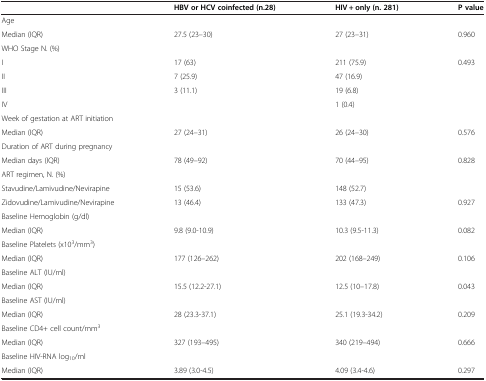
<table><thead><tr><td><b> </b></td><td><b>HBV or HCV coinfected (n.28)</b></td><td><b>HIV + only (n. 281)</b></td><td><b>P value</b></td></tr></thead><tbody><tr><td>Age</td><td> </td><td> </td><td> </td></tr><tr><td>Median (IQR)</td><td>27.5 (23–30)</td><td>27 (23–31)</td><td>0.960</td></tr><tr><td>WHO Stage N. (%)</td><td> </td><td> </td><td> </td></tr><tr><td>I</td><td>17 (63)</td><td>211 (75.9)</td><td>0.493</td></tr><tr><td>II</td><td>7 (25.9)</td><td>47 (16.9)</td><td> </td></tr><tr><td>III</td><td>3 (11.1)</td><td>19 (6.8)</td><td> </td></tr><tr><td>IV</td><td> </td><td>1 (0.4)</td><td> </td></tr><tr><td>Week of gestation at ART initiation</td><td> </td><td> </td><td> </td></tr><tr><td>Median (IQR)</td><td>27 (24–31)</td><td>26 (24–30)</td><td>0.576</td></tr><tr><td>Duration of ART during pregnancy</td><td> </td><td> </td><td> </td></tr><tr><td>Median days (IQR)</td><td>78 (49–92)</td><td>70 (44–95)</td><td>0.828</td></tr><tr><td>ART regimen, N. (%)</td><td> </td><td> </td><td> </td></tr><tr><td>Stavudine/Lamivudine/Nevirapine</td><td>15 (53.6)</td><td>148 (52.7)</td><td> </td></tr><tr><td>Zidovudine/Lamivudine/Nevirapine</td><td>13 (46.4)</td><td>133 (47.3)</td><td>0.927</td></tr><tr><td>Baseline Hemoglobin (g/dl)</td><td> </td><td> </td><td> </td></tr><tr><td>Median (IQR)</td><td>9.8 (9.0-10.9)</td><td>10.3 (9.5-11.3)</td><td>0.082</td></tr><tr><td>Baseline Platelets (x10<sup>3</sup>/mm<sup>3</sup>)</td><td> </td><td> </td><td> </td></tr><tr><td>Median (IQR)</td><td>177 (126–262)</td><td>202 (168–249)</td><td>0.106</td></tr><tr><td>Baseline ALT (IU/ml)</td><td> </td><td> </td><td> </td></tr><tr><td>Median (IQR)</td><td>15.5 (12.2-27.1)</td><td>12.5 (10–17.8)</td><td>0.043</td></tr><tr><td>Baseline AST (IU/ml)</td><td> </td><td> </td><td> </td></tr><tr><td>Median (IQR)</td><td>28 (23.3-37.1)</td><td>25.1 (19.3-34.2)</td><td>0.209</td></tr><tr><td>Baseline CD4+ cell count/mm<sup>3</sup></td><td> </td><td> </td><td> </td></tr><tr><td>Median (IQR)</td><td>327 (193–495)</td><td>340 (219–494)</td><td>0.666</td></tr><tr><td>Baseline HIV-RNA log<sub>10</sub>/ml</td><td> </td><td> </td><td> </td></tr><tr><td>Median (IQR)</td><td>3.89 (3.0-4.5)</td><td>4.09 (3.4-4.6)</td><td>0.297</td></tr></tbody></table>